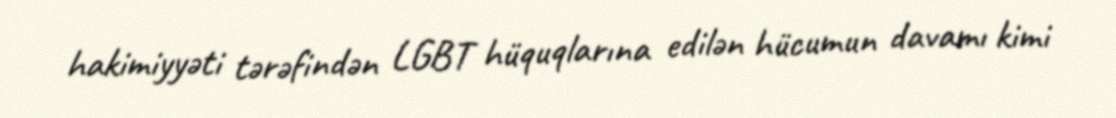
hakimiyyəti tərəfindən LGBT hüquqlarına edilən hücumun davamı kimi